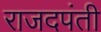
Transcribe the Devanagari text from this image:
राजदपंती